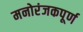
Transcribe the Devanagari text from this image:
मनोरंजकपूर्ण